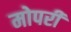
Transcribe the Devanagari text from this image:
मोपरी